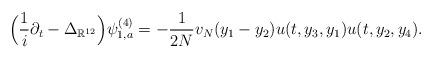
LaTeX: \begin{align*}\Big(\frac{1}{i}\partial_t-\Delta_{\mathbb{R}^{12}}\Big)\psi_{1,a}^{(4)}=-\frac{1}{2N}v_N(y_1-y_2)u(t,y_3,y_1)u(t,y_2,y_4).\end{align*}